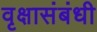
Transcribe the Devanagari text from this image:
वृक्षासंबंधी